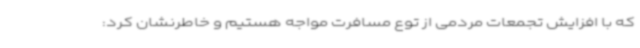
که با افزایش تجمعات مردمی از توع مسافرت مواجه هستیم و خاطرنشان کرد: